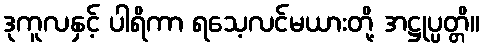
ဒုကူလနှင့် ပါရိကာ ရသေ့လင်မယားတို့ အဋ္ဌုပ္ပတ္တိ။